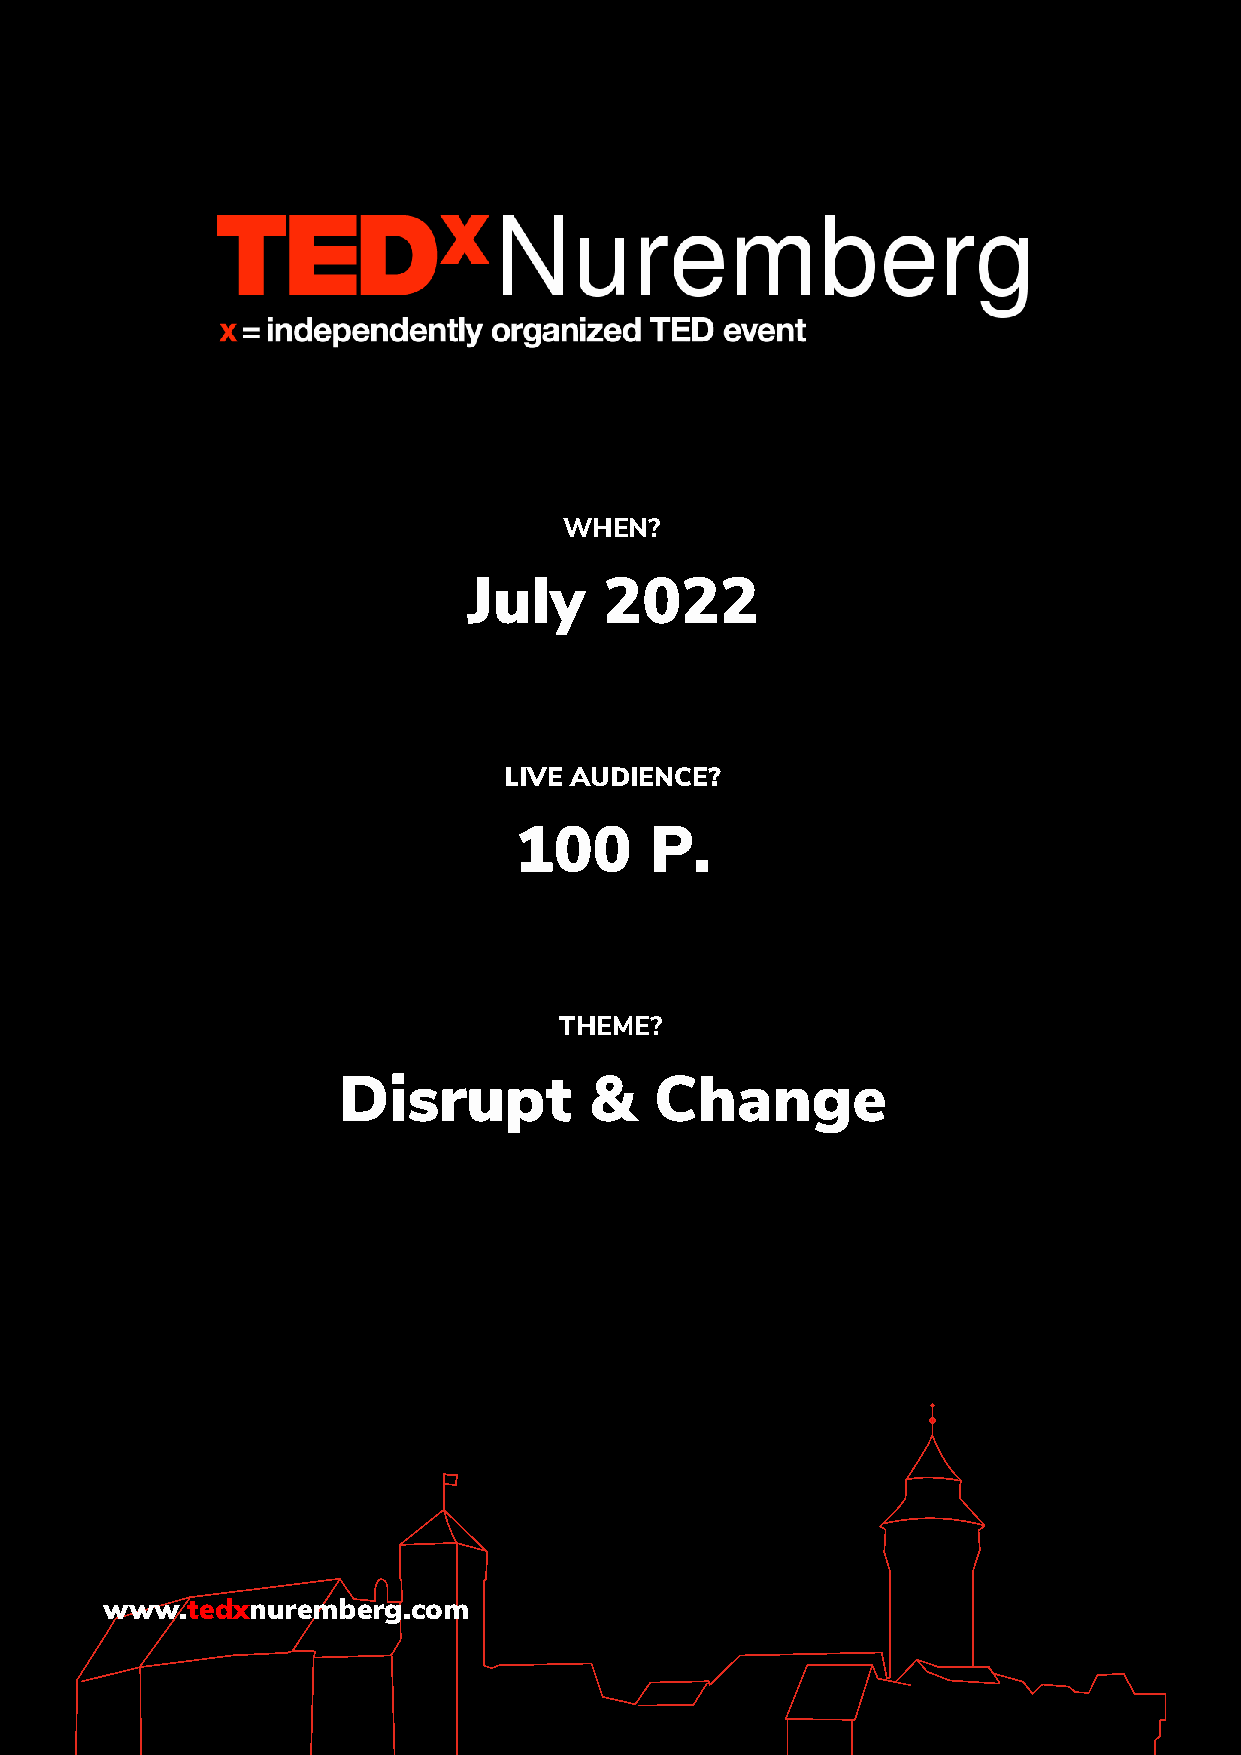
WHEN?
 July     2022
 LIVE AUDIENCE?
 100      P.
 THEME?
 Disrupt          &   Change
 www.tedxnuremberg.com